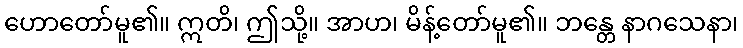
ဟောတော်မူ၏။ ဣတိ၊ ဤသို့။ အာဟ၊ မိန့်တော်မူ၏။ ဘန္တေ နာဂသေနာ၊